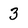
Character: 3